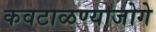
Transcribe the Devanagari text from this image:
कवटाळण्याजोगे